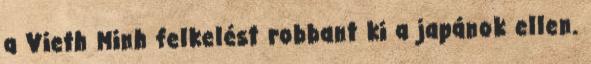
a Vieth Minh felkelést robbant ki a japánok ellen.